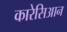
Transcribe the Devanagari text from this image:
कारेसिआन